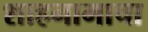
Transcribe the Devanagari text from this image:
शाहनामाचा